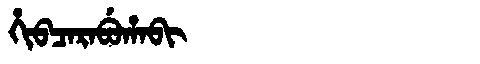
Manchu: ᡥᡳᠪᠴᠠᡵᠠᠪᡠᡥᠠᠪᡳ
Romanization: HIBCARABUHABI